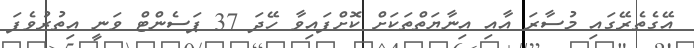
އޭގެތެރޭގައި މުސާރަ އާއި އިނާޔަތްތަކަށް ކޮށްފައިވާ ހޭދަ 37 ޕަސެންޓް ވަނީ އިތުރުވެފަ